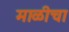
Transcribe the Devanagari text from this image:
माळीचा